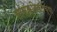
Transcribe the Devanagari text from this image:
सांस्कृतिकतेच्या